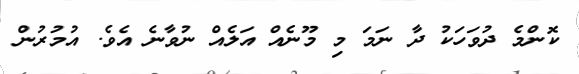
ކޮންމެ ދުވަހަކު ދާ ނަމަ މި މޫނެއް އަލެއް ނުވާނެ އެވެ. އުމުރުން